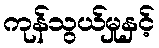
ကုန်သွယ်မှုနှင့်